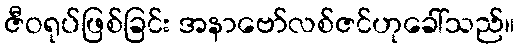
ဇီဝရုပ်ဖြစ်ခြင်း အနာဗော်လစ်ဇင်ဟုခေါ်သည်။